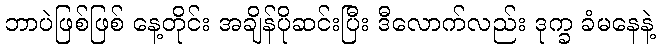
ဘာပဲဖြစ်ဖြစ် နေ့တိုင်း အချိန်ပိုဆင်းပြီး ဒီလောက်လည်း ဒုက္ခ ခံမနေနဲ့